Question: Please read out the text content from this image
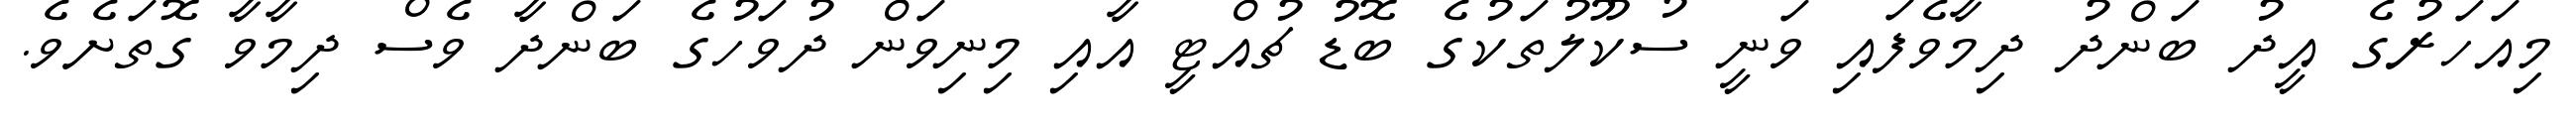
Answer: މިއަހަރުގެ އީދު ބަންދު ދިމާވެފައި ވަނީ ސުކޫލުތަކުގެ ބޮޑު ޗުއްޓީ އާއި މިނިވަން ދުވަހުގެ ބަންދާ ވެސް ދިމާވާ ގޮތަށެވެ.